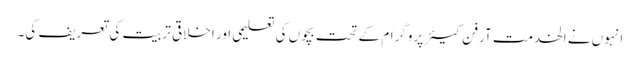
انہوں نے الخدمت آرفن کیئر پروگرام کے تحت بچوں کی تعلیمی اور اخلاقی تربیت کی تعریف کی۔